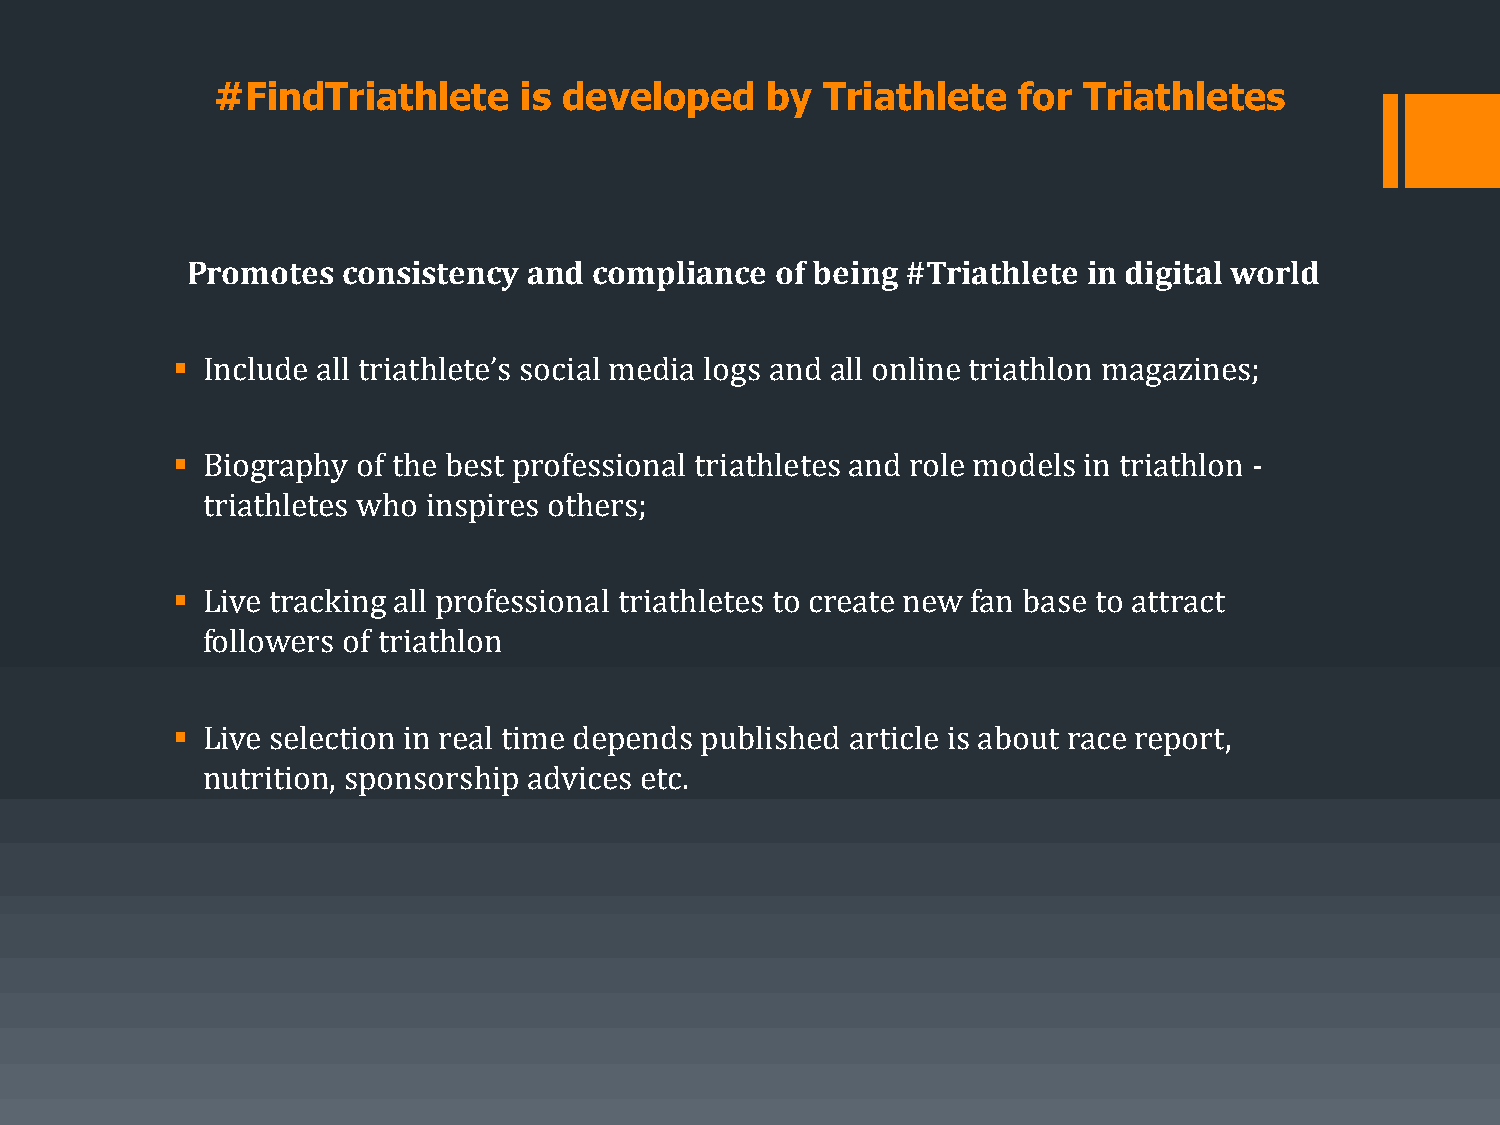
#FindTriathlete     is developed     by  Triathlete  for  Triathletes
 Promotes   consistency and compliance  of being #Triathlete in digital world
 ▪ Include all triathlete’s social media logs and all online triathlon magazines;
 ▪ Biography  of the best professional triathletes and role models in triathlon -
 triathletes who inspires others;
 ▪ Live tracking all professional triathletes to create new fan base to attract
 followers of triathlon
 ▪ Live selection in real time depends published article is about race report,
 nutrition, sponsorship advices etc.